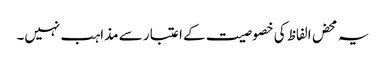
یہ محض الفاظ کی خصوصیت کے اعتبار سے مذاہب نہیں۔